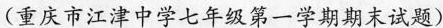
(重庆市江津中学七年级第一学期期末试题)